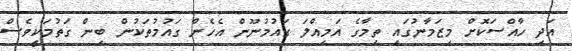
އަދި ހާއްސަކޮށް މިޒަމާނުގައި ތިމާގެ އަމިއްލަ ގައުމުނޫން އެހެން ގައުމުތަކުން ބިން ގަތުމަކީވެސް